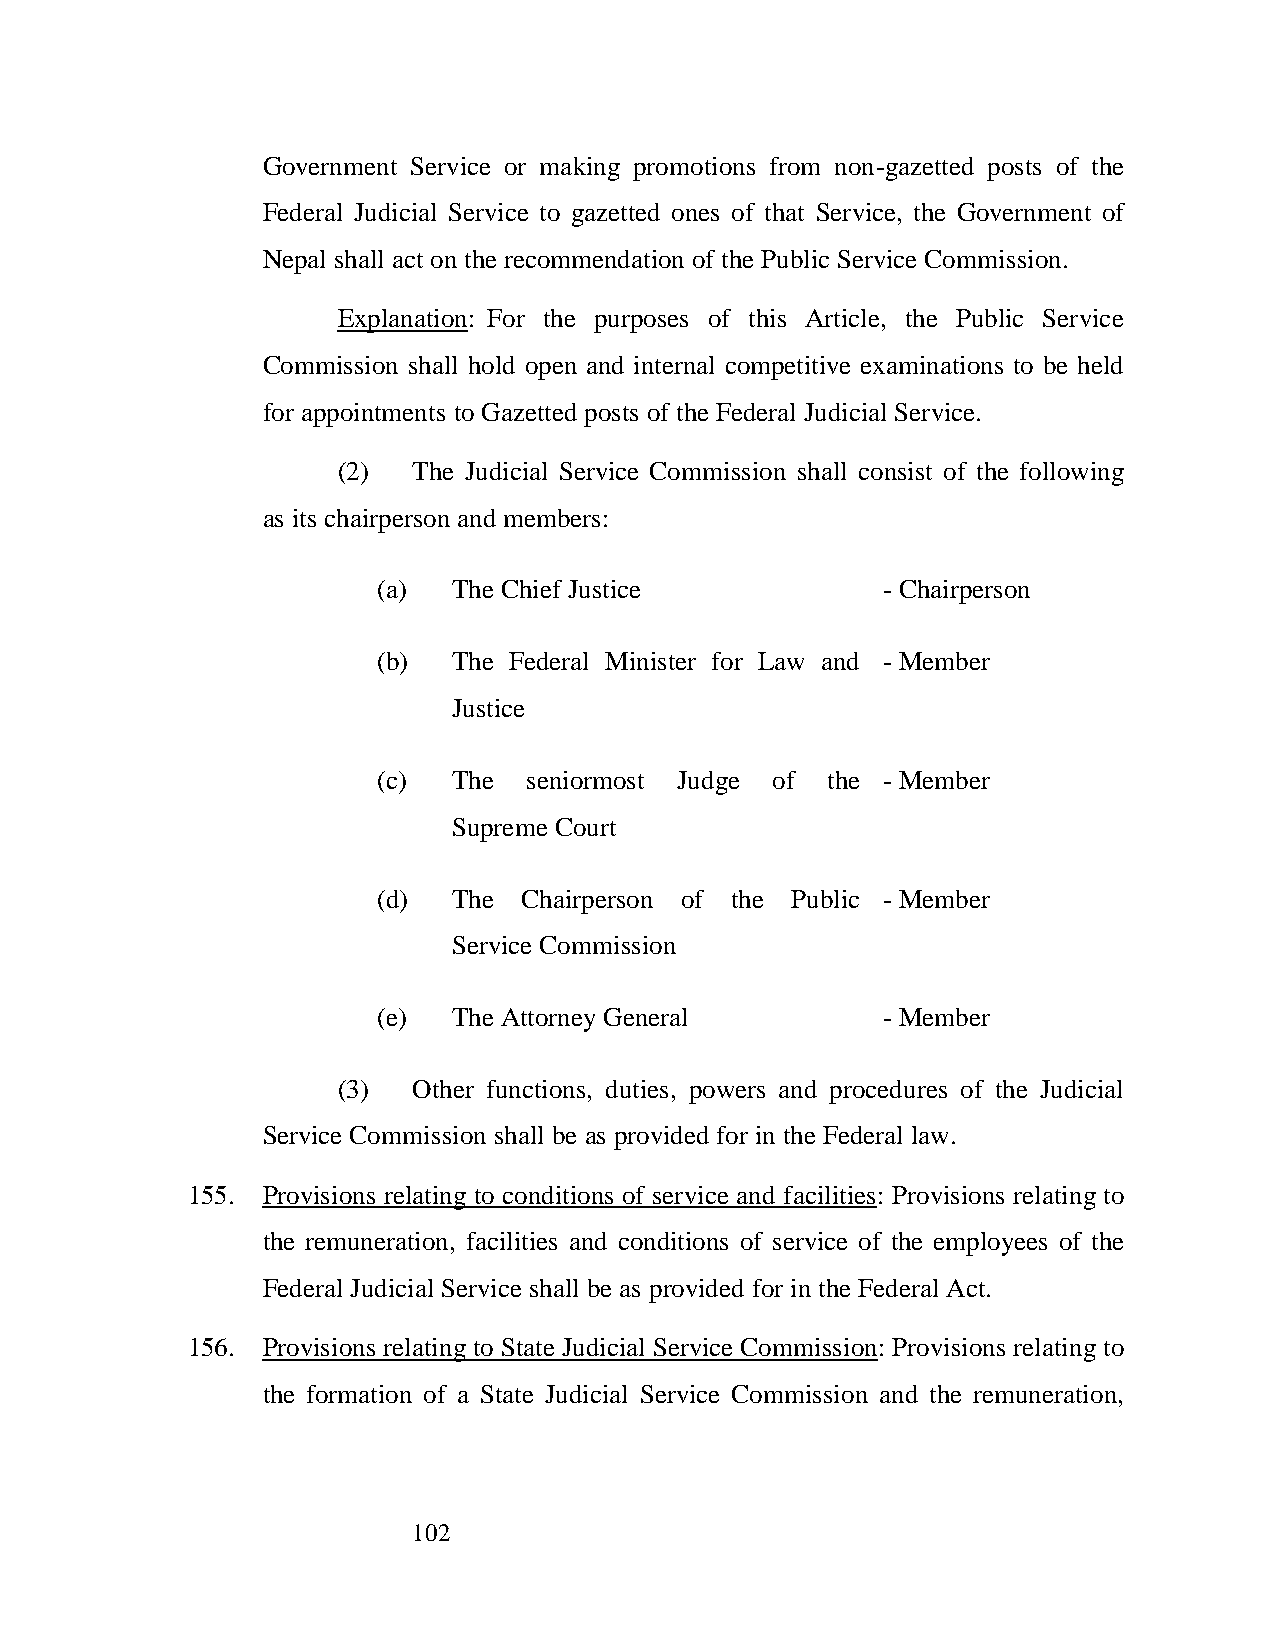
Government Service or making promotions from non-gazetted posts of the
 Federal Judicial Service to gazetted ones of that Service, the Government of
 Nepal shall act on the recommendation of the Public Service Commission.
 Explanation: For the purposes of this Article, the Public Service
 Commission shall hold open and internal competitive examinations to be held
 for appointments to Gazetted posts of the Federal Judicial Service.
 (2)  The Judicial Service Commission shall consist of the following
 as its chairperson and members:
 (a)  The Chief Justice           - Chairperson
 (b)  The Federal Minister for Law and - Member
 Justice
 (c)  The  seniormost Judge of the - Member
 Supreme Court
 (d)  The  Chairperson of the Public - Member
 Service Commission
 (e)  The Attorney General        - Member
 (3)  Other functions, duties, powers and procedures of the Judicial
 Service Commission shall be as provided for in the Federal law.
 155. Provisions relating to conditions of service and facilities: Provisions relating to
 the remuneration, facilities and conditions of service of the employees of the
 Federal Judicial Service shall be as provided for in the Federal Act.
 156. Provisions relating to State Judicial Service Commission: Provisions relating to
 the formation of a State Judicial Service Commission and the remuneration,
 102